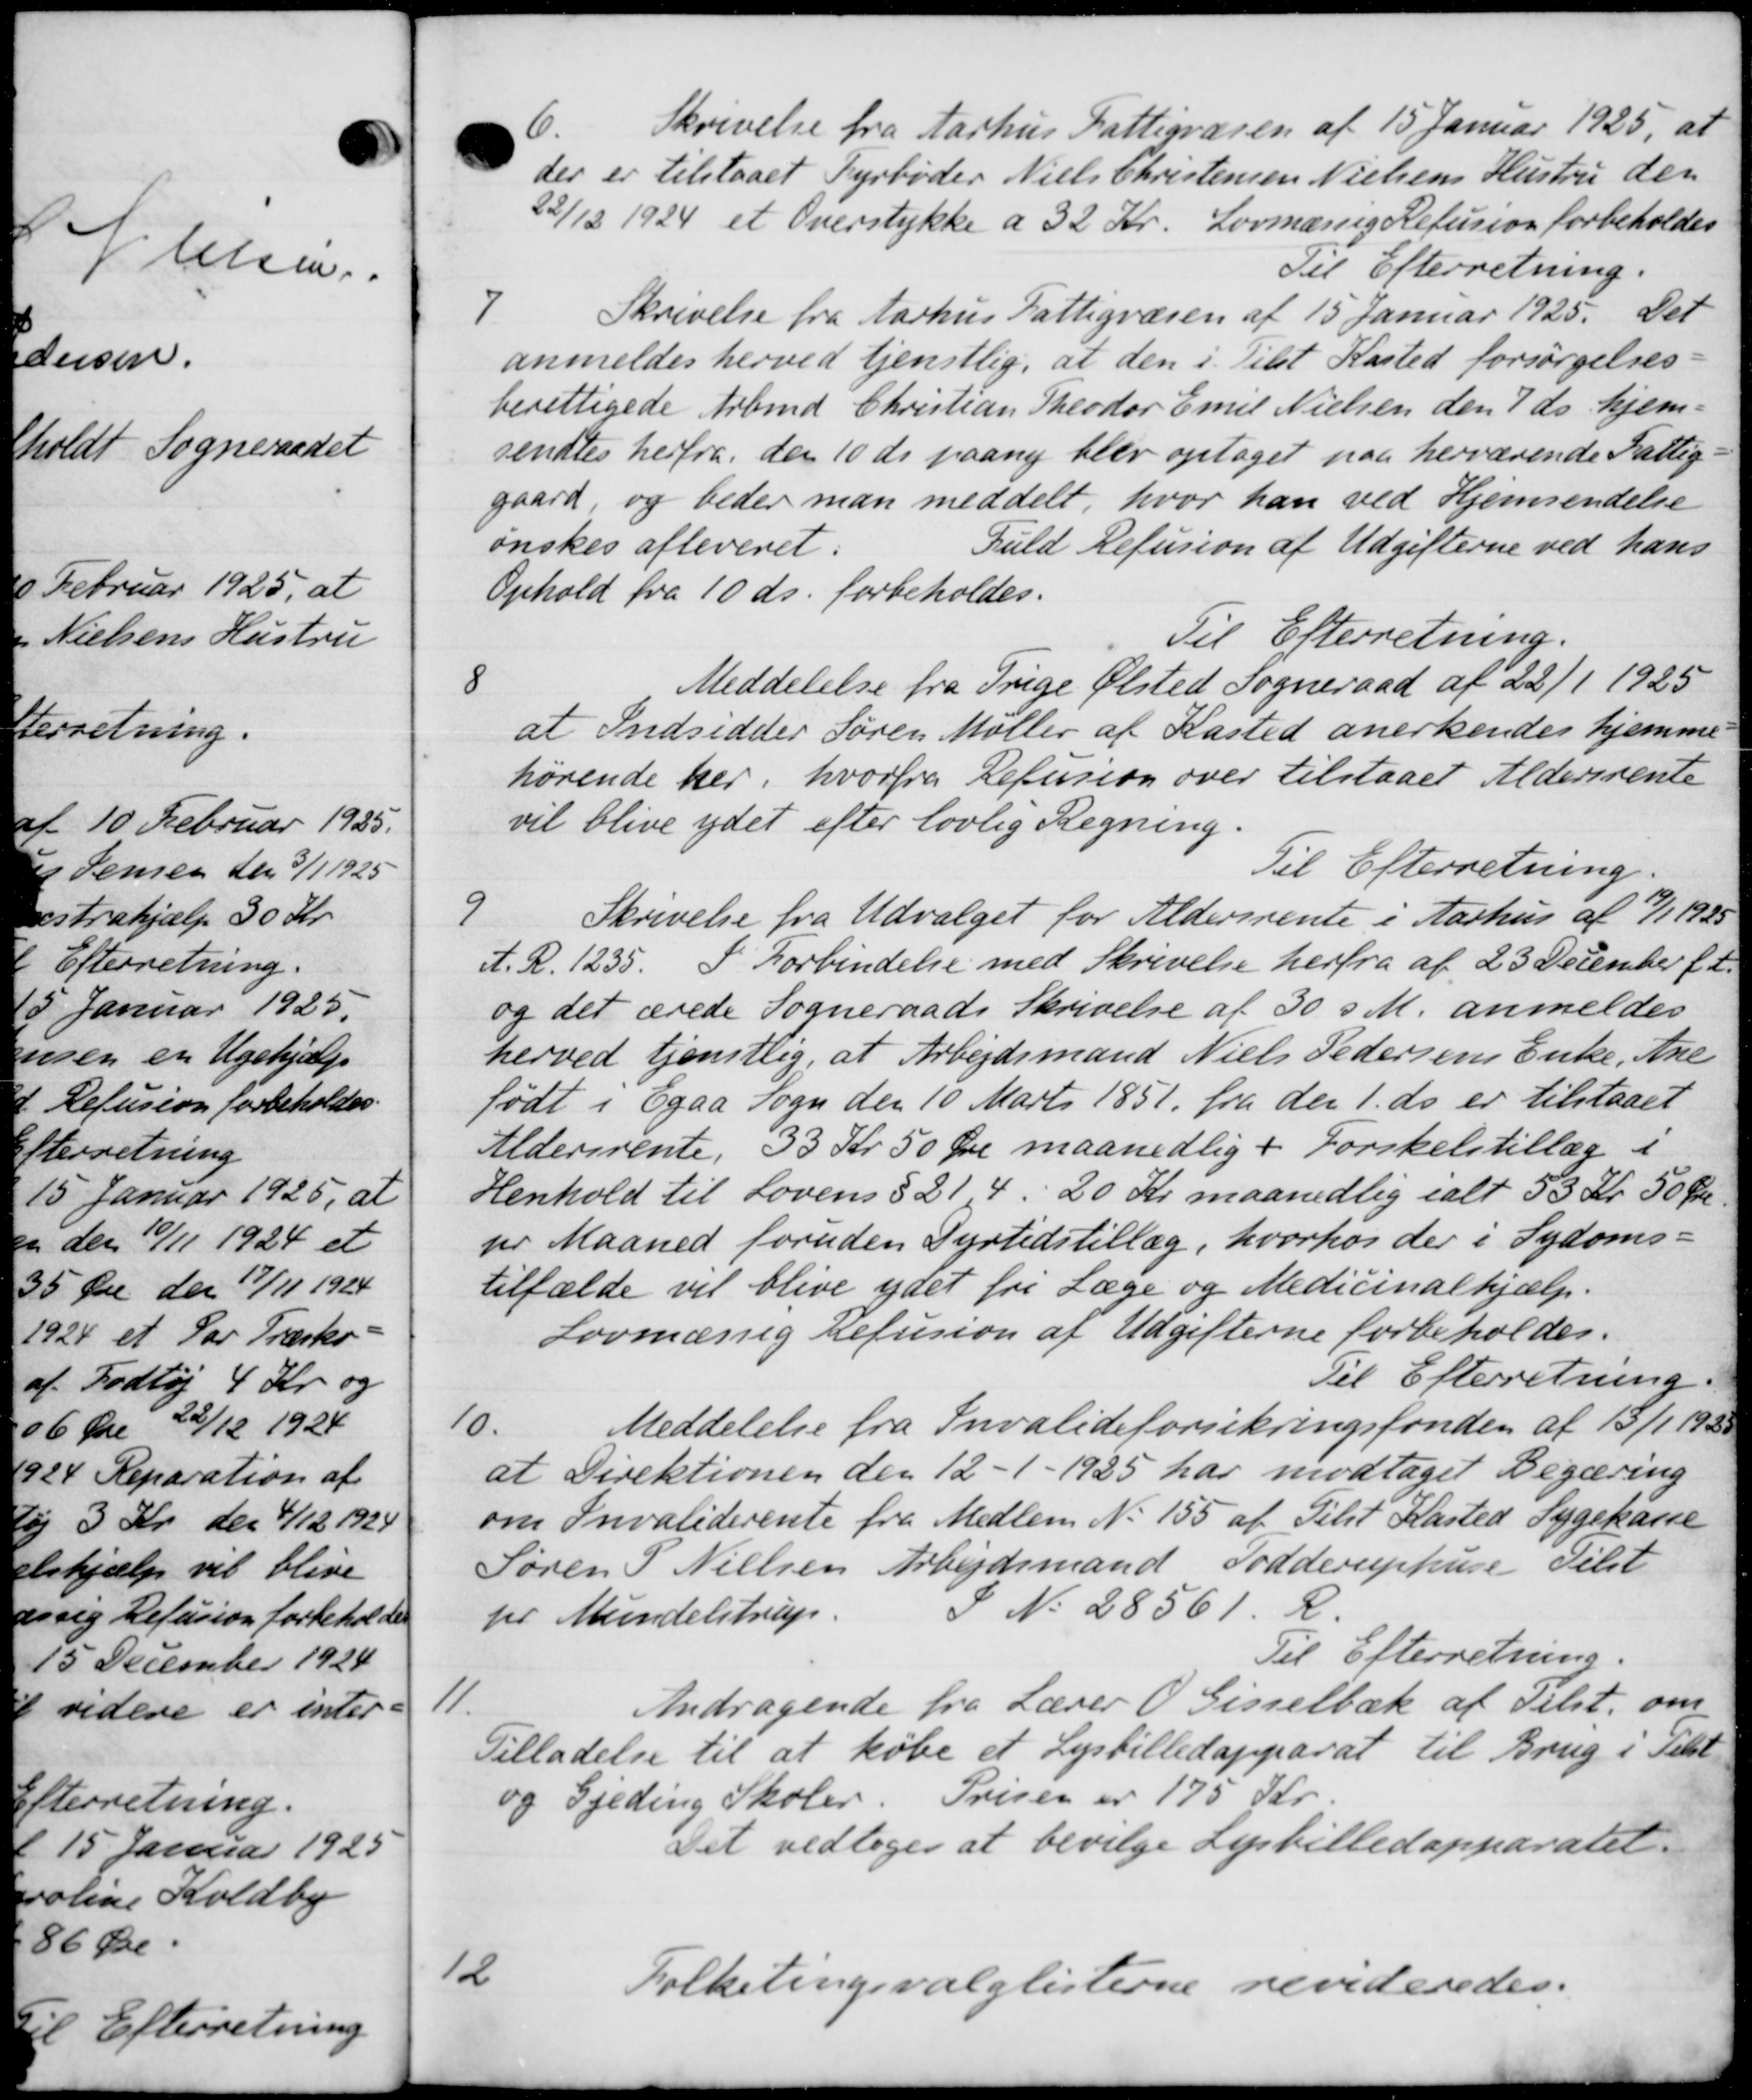
Transskription:
Skrivelse fra Aarhus Fattigvæsen af 15 Januar 1925, at
der er tilstaaet Fyrbøder Niels Christensen Nielsens Hustru den
22/12 1924 et Overstykke a 32 Kr. Lovmæssig Refusion forbeholdes
Til Efterretning.
7
Skrivelse fra Aarhus Fattigvæsen af 15 Januar 1925. Det
anmeldes herved tjenstlig, at den i Tilst Kasted forsørgelses-
berettigede Arbmd Christian Theodor Emil Nielsen den 7 ds hjem-
sendtes herfra den 10 ds paany blev optaget paa herværende Fattig-
gaard, og beder man meddelt, hvor han ved Hjemsendelse
ønskes afleveret:
Fuld Refusion af Udgifterne ved hans
Ophold fra 10 ds. forbeholdes.
Til Efterretning.
8
Meddelelse fra Trige Ølsted Sogneraad af 22/1 1925
at Indsidder Søren Møller af Kasted anerkendes hjemme
hørende her, hvorfra Refusion over tilstaaet Aldersrente
vil blive ydet efter lovlig Regning.
Til Efterretning.
9
Skrivelse fra Udvalget for Aldersrente i Aarhus af 17/1 1925
A. R. 1235. I Forbindelse med Skrivelse herfra af 23 December f.A.
og det ærede Sogneraads Skrivelse af 30 s. M. anmeldes
herved tjenstlig, at Arbejdsmand Niels Pedersens Enke, Ane
født i Egaa Sogn den 10 Marts 1851 fra den 1. ds. er tilstaaet
Aldersrente, 33 Kr 50 Øre maanedlig i Forskelstillæg i
Henhold til Lovens § 21, 4. 20 Kr. maanedlig ialt 53 Kr. 50 Øre
pr Maaned foruden Dyrtidstillæg, hvorhos der i Sydoms-
tilfælde vil blive ydet fri Læge og Medicinalhjælp.
Lovmæssig Refusion af Udgifterne forbeholdes.
Til Efterretning.
10.
Meddelelse fra Invalideforsikringsfonden af 15/1 1930
at Direktionen den 12 - 1 - 1925 har modtaget Begæring
om Invaliderente fra Medlem No 155 af Tilst Kasted Sygekasse
Søren P. Nielsen Arbejdsmand Todderuphuse Tilst
pr Mundelstrup.
S No 28561. R.
Til Efterretning.
11.
Andragende fra Lærer O Gisselbæk af Tilst, om
Tilladelse til at købe et Lysbilledapparat til Brug i Tilst
og Gjeding Skoler. Prisen er 175 Kr.
Det vedtoges at bevilge Lebilledapparatet.
12
Folketingsvalglisterne revideredes.